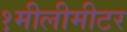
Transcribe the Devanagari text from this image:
१मीलीमीटर